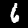
Digit: 6